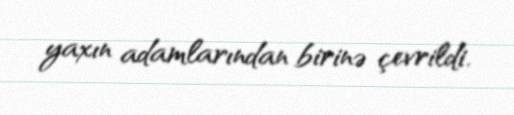
yaxın adamlarından birinə çevrildi.